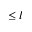
\leq l